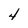
Character: 4